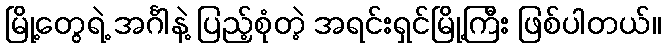
မြို့တွေရဲ့ အင်္ဂါနဲ့ ပြည့်စုံတဲ့ အရင်းရှင်မြို့ကြီး ဖြစ်ပါတယ်။